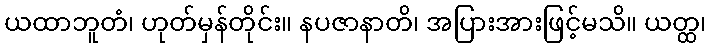
ယထာဘူတံ၊ ဟုတ်မှန်တိုင်း။ နပဇာနာတိ၊ အပြားအားဖြင့်မသိ။ ယတ္ထ၊